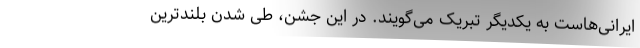
ایرانی‌هاست به یکدیگر تبریک می‌گویند. در این جشن، طی شدن بلندترین